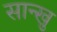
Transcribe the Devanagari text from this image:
सान्खु